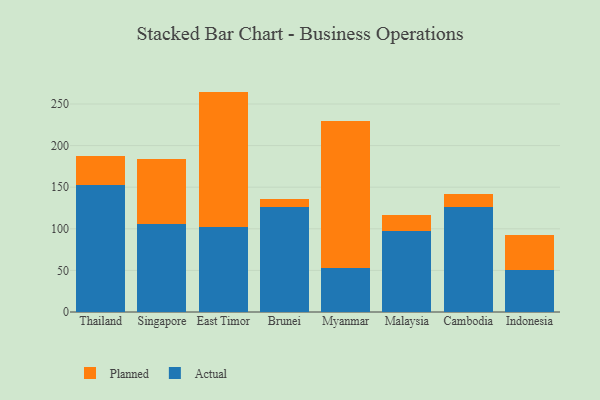
{"axis": {"x": "Country", "y": "Budget (USD K)"}, "legend": ["Actual", "Planned"], "data": [{"x": "Thailand", "y": 152.3, "type": "Actual"}, {"x": "Thailand", "y": 34.9, "type": "Planned"}, {"x": "Singapore", "y": 105.9, "type": "Actual"}, {"x": "Singapore", "y": 78.3, "type": "Planned"}, {"x": "East Timor", "y": 102.5, "type": "Actual"}, {"x": "East Timor", "y": 162.4, "type": "Planned"}, {"x": "Brunei", "y": 126.0, "type": "Actual"}, {"x": "Brunei", "y": 10.1, "type": "Planned"}, {"x": "Myanmar", "y": 52.5, "type": "Actual"}, {"x": "Myanmar", "y": 176.8, "type": "Planned"}, {"x": "Malaysia", "y": 96.9, "type": "Actual"}, {"x": "Malaysia", "y": 19.4, "type": "Planned"}, {"x": "Cambodia", "y": 126.2, "type": "Actual"}, {"x": "Cambodia", "y": 15.3, "type": "Planned"}, {"x": "Indonesia", "y": 50.4, "type": "Actual"}, {"x": "Indonesia", "y": 42.4, "type": "Planned"}]}